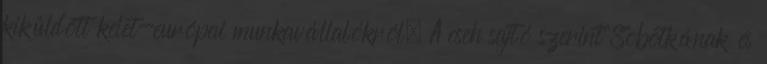
kiküldött kelet-európai munkavállalókról. A cseh sajtó szerint Sobotkának és